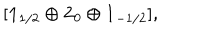
[ { \bf 1 } _ { 1 / 2 } \oplus { \bf 2 } _ { 0 } \oplus { \bf 1 } _ { - 1 / 2 } ] ,